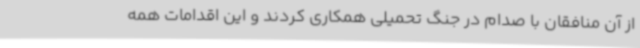
از آن منافقان با صدام در جنگ تحمیلی همکاری کردند و این اقدامات همه